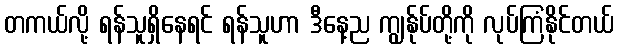
တကယ်လို့ ရန်သူရှိနေရင် ရန်သူဟာ ဒီနေ့ည ကျွန်ုပ်တို့ကို လုပ်ကြံနိုင်တယ်